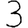
Digit: 3